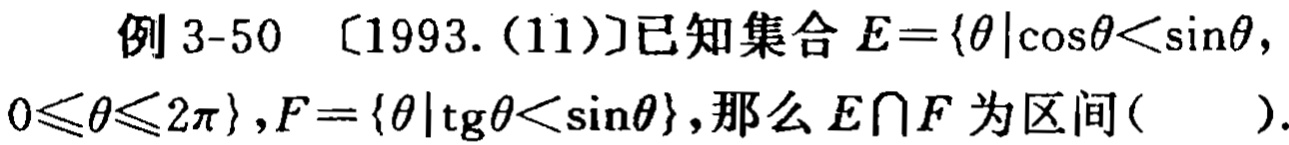
例 3-50 〔1993.(11)〕已知集合 \(E = \{\theta|\cos\theta<\sin\theta, 0\leqslant\theta\leqslant2\pi\}\), \(F = \{\theta|\text{tg}\theta<\sin\theta\}\), 那么 \(E\cap F\) 为区间( ).